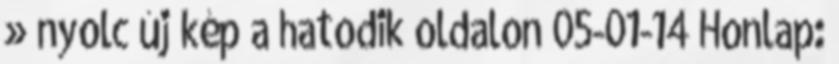
» nyolc új kép a hatodik oldalon 05-01-14 Honlap: